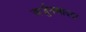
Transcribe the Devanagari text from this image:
अर्जुनसादडा